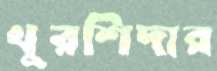
খুরশিদার